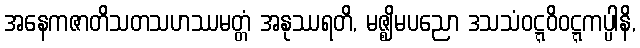
အနေကဇာတိသတသဟဿမတ္တံ အနုဿရတိ, မဇ္ဈိမပညော ဒသသံဝဋ္ဋဝိဝဋ္ဋကပ္ပါနိ,